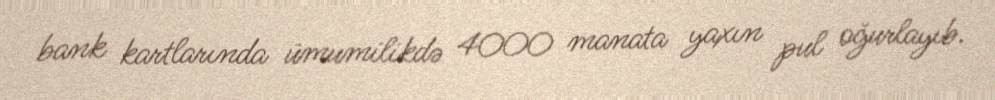
bank kartlarında ümumilikdə 4000 manata yaxın pul oğurlayıb.